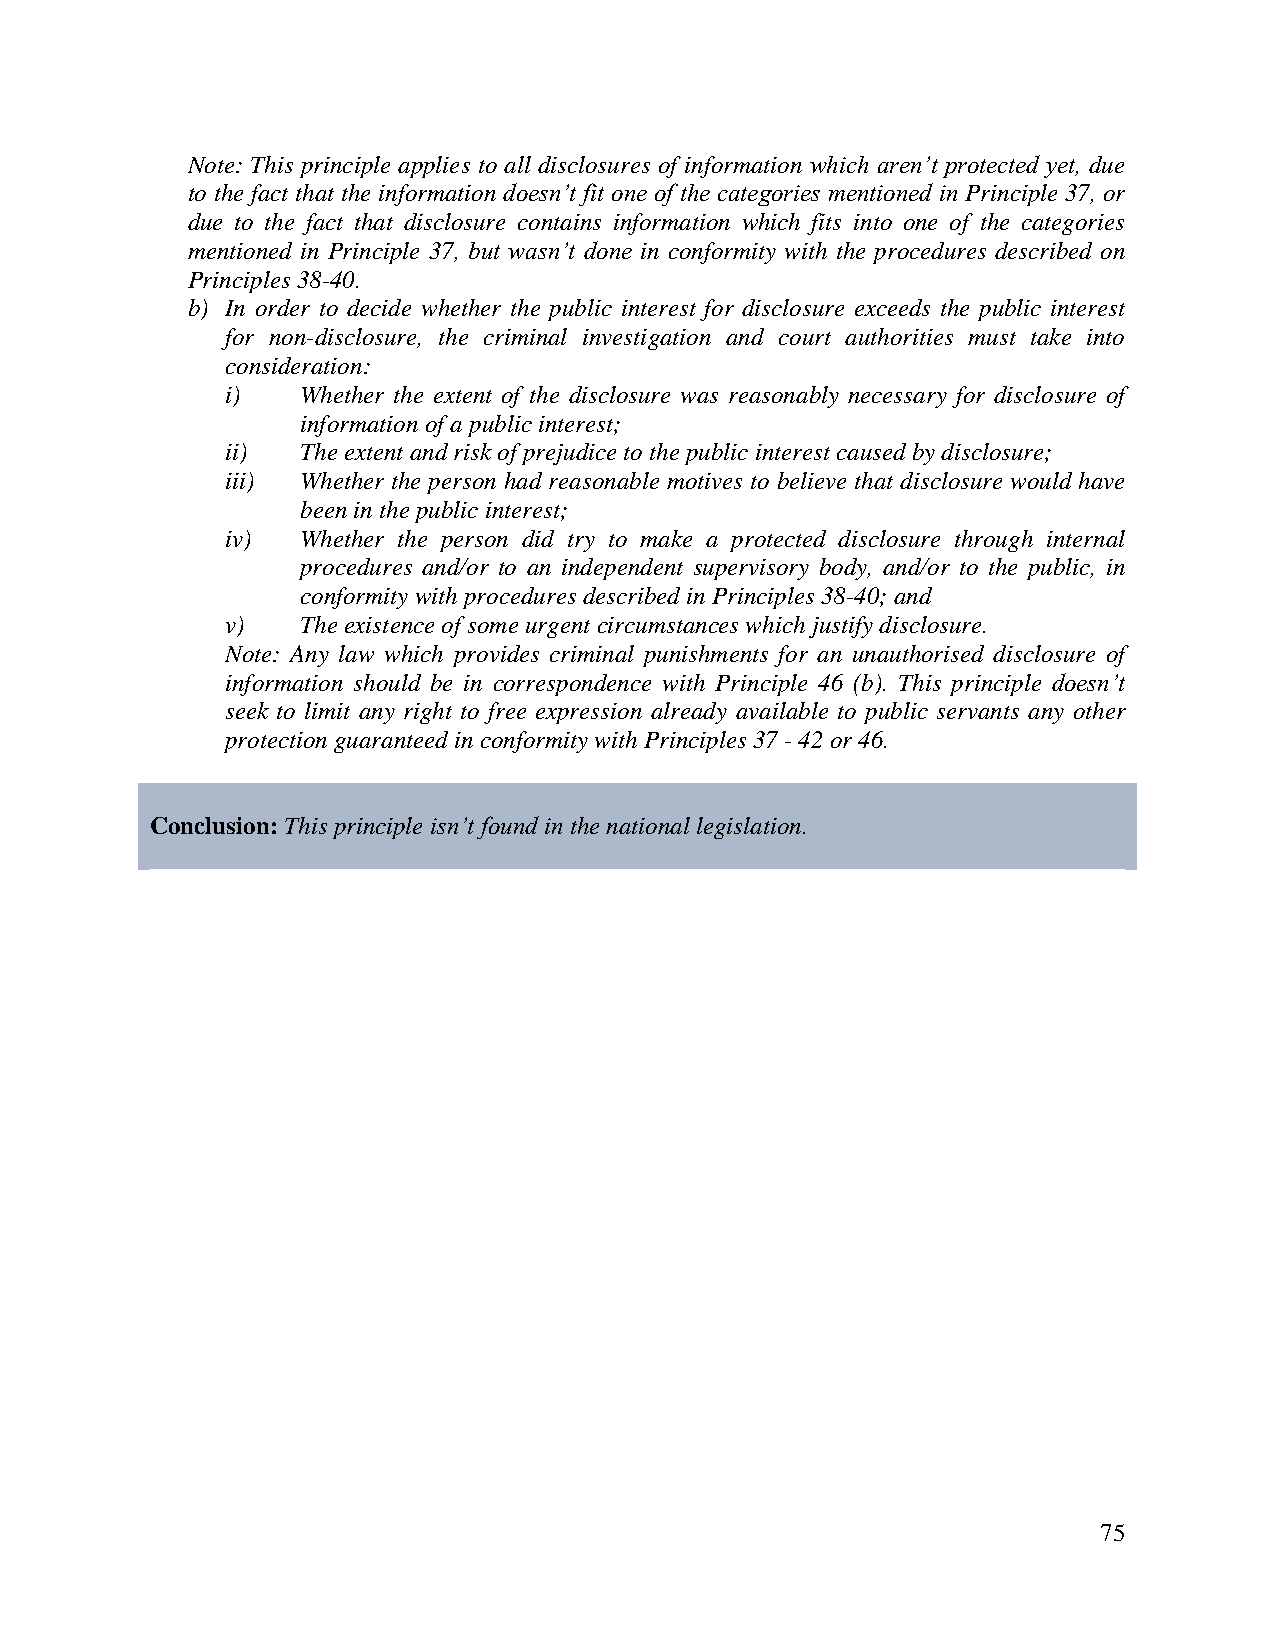
Note: This principle applies to all disclosures of information which aren’t protected yet, due
 to the fact that the information doesn’t fit one of the categories mentioned in Principle 37, or
 due to the fact that disclosure contains information which fits into one of the categories
 mentioned in Principle 37, but wasn’t done in conformity with the procedures described on
 Principles 38-40.
 b) In order to decide whether the public interest for disclosure exceeds the public interest
 for non-disclosure, the criminal investigation and court authorities must take into
 consideration:
 i)   Whether the extent of the disclosure was reasonably necessary for disclosure of
 information of a public interest;
 ii)  The extent and risk of prejudice to the public interest caused by disclosure;
 iii) Whether the person had reasonable motives to believe that disclosure would have
 been in the public interest;
 iv)  Whether the person did try to make a protected disclosure through internal
 procedures and/or to an independent supervisory body, and/or to the public, in
 conformity with procedures described in Principles 38-40; and
 v)   The existence of some urgent circumstances which justify disclosure.
 Note: Any law which provides criminal punishments for an unauthorised disclosure of
 information should be in correspondence with Principle 46 (b). This principle doesn’t
 seek to limit any right to free expression already available to public servants any other
 protection guaranteed in conformity with Principles 37 - 42 or 46.
 Conclusion: This principle isn’t found in the national legislation.
 75